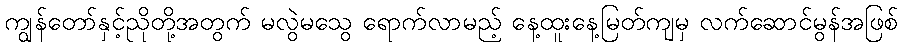
ကျွန်တော်နှင့်ညိုတို့အတွက် မလွဲမသွေ ရောက်လာမည့် နေ့ထူးနေ့မြတ်ကျမှ လက်ဆောင်မွန်အဖြစ်